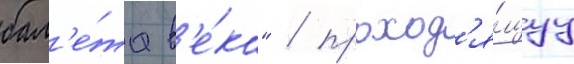
бал'е́та в'е́ка" / проход'я́щуу